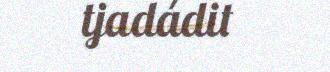
tjadádit